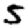
Digit: 5